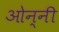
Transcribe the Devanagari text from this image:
ओन्नी